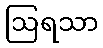
ဩရသာ